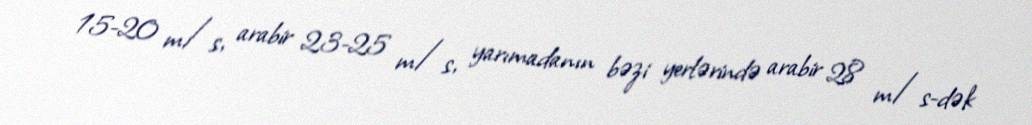
15-20 m/s, arabir 23-25 m/s, yarımadanın bəzi yerlərində arabir 28 m/s-dək